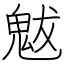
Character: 魃